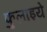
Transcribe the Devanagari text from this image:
फुलाइये